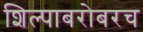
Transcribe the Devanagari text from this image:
शिल्पाबरोबरच